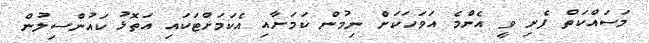
މަސައްކަތް ފެށި ވީ އެންމެ އަވަހަކަށް ނިމުން ކަމަށާއި އެކަމަށްޓަކައި އަތޮޅު ކައުންސިލުން